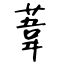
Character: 葦